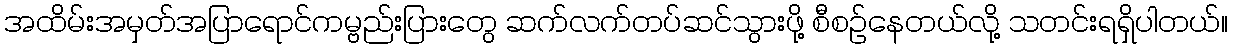
အထိမ်းအမှတ်အပြာရောင်ကမ္ဗည်းပြားတွေ ဆက်လက်တပ်ဆင်သွားဖို့ စီစဉ်နေတယ်လို့ သတင်းရရှိပါတယ်။